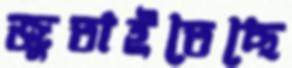
জুতাইতেছে